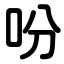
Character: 吩